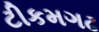
ટીકમગઢ